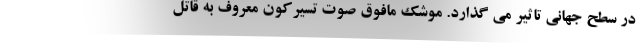
در سطح جهانی تاثیر می گذارد. موشک مافوق صوت تسیرکون معروف به قاتل